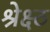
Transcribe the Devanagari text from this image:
श्रेक्ष्ठ